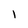
Character: 1